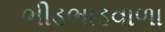
ભીડભાડવાળા